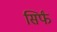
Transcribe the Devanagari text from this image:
सिर्फं